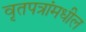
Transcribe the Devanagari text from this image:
वृतपत्रांमधील